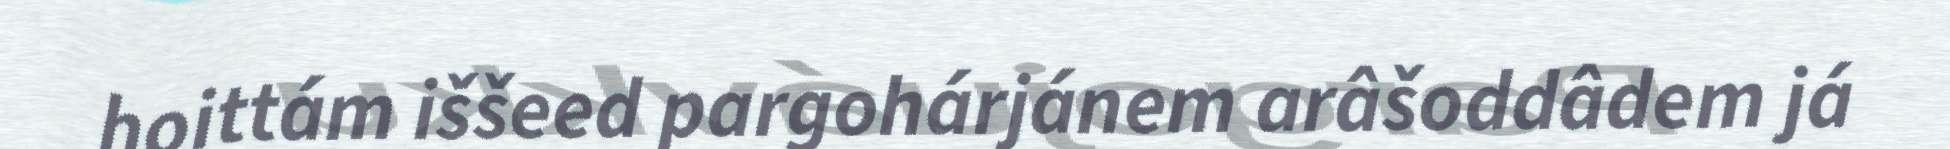
hoittám iššeed pargohárjánem arâšoddâdem já